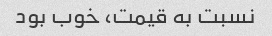
نسبت به قیمت، خوب بود